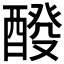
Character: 𨡩